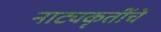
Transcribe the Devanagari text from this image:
नाट्यकृतींचे